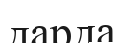
дарда